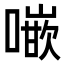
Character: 𠾨